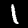
Digit: 1